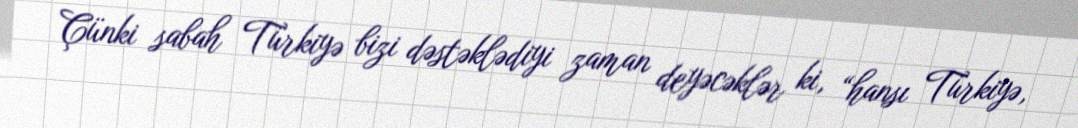
Çünki sabah Türkiyə bizi dəstəklədiyi zaman deyəcəklər ki, “hansı Türkiyə,